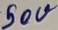
Text: 50V